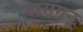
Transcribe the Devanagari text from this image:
दासगनू